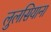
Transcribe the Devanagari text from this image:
लुलसियाना